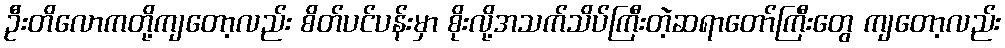
ဦးတိလောကတို့ကျတော့လည်း စိတ်ပင်ပန်းမှာ စိုးလို့အသက်သိပ်ကြီးတဲ့ဆရာတော်ကြီးတွေ ကျတော့လည်း